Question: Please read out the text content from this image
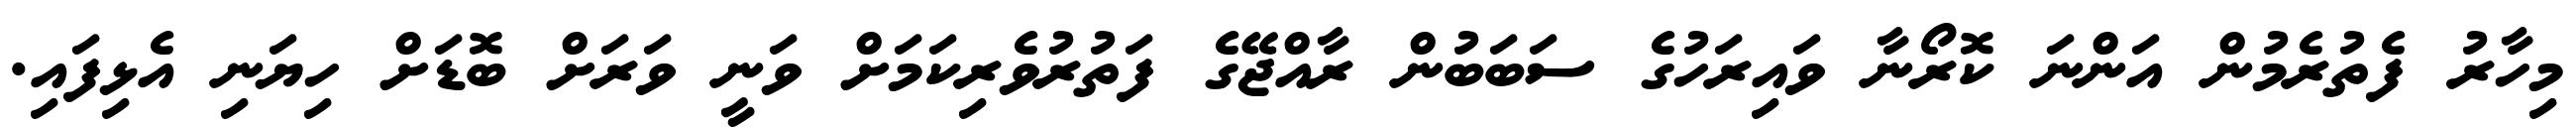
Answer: މިހާރު ފެތުރެމުން އަންނަ ކޮރޯނާ ވައިރަހުގެ ސަބަބުން ރާއްޖޭގެ ފަތުރުވެރިކަމަށް ވަނީ ވަރަށް ބޮޑަށް ހިޔަނި އެޅިފައި.